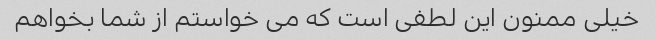
خیلی ممنون این لطفی است که می خواستم از شما بخواهم